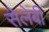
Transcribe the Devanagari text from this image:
सेलेबी